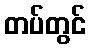
တပ်တွင်